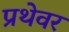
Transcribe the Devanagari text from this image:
प्रथेवर